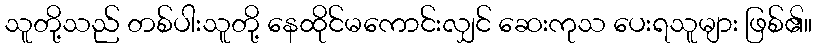
သူတို့သည် တစ်ပါးသူတို့ နေထိုင်မကောင်းလျှင် ဆေးကုသ ပေးရသူများ ဖြစ်၏။